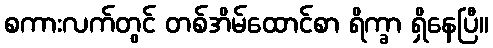
စကားလက်တွင် တစ်အိမ်ထောင်စာ ရိက္ခာ ရှိနေပြီ။